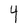
Character: 4